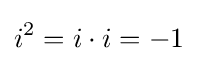
i^{2}=i\cdot i=-1